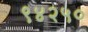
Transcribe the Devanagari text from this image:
९४२५०